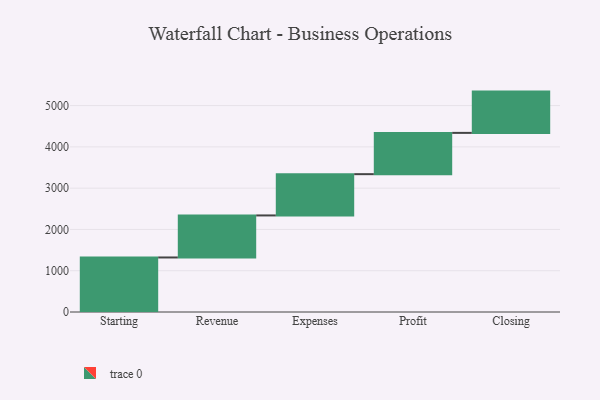
{"axis": {"x": "Step", "y": "Value"}, "legend": [""], "data": [{"x": "Starting", "y": 1321.0, "type": ""}, {"x": "Revenue", "y": 1018.0, "type": ""}, {"x": "Expenses", "y": 1000, "type": ""}, {"x": "Profit", "y": 1000, "type": ""}, {"x": "Closing", "y": 1000, "type": ""}]}